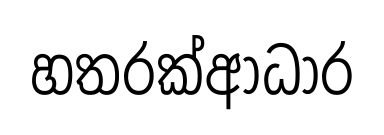
හතරක්ආධාර